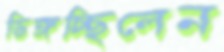
ডিঙ্গচ্ছিলেন